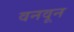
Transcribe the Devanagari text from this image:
वनवून